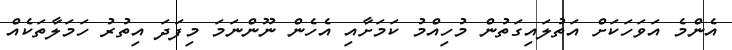
އެންމެ އަވަހަކަށް އަތުލައިގަތުން މުހިއްމު ކަމަށާއި އެހެން ނޫންނަމަ މިފަދަ އިތުރު ހަމަލާތަކެއް